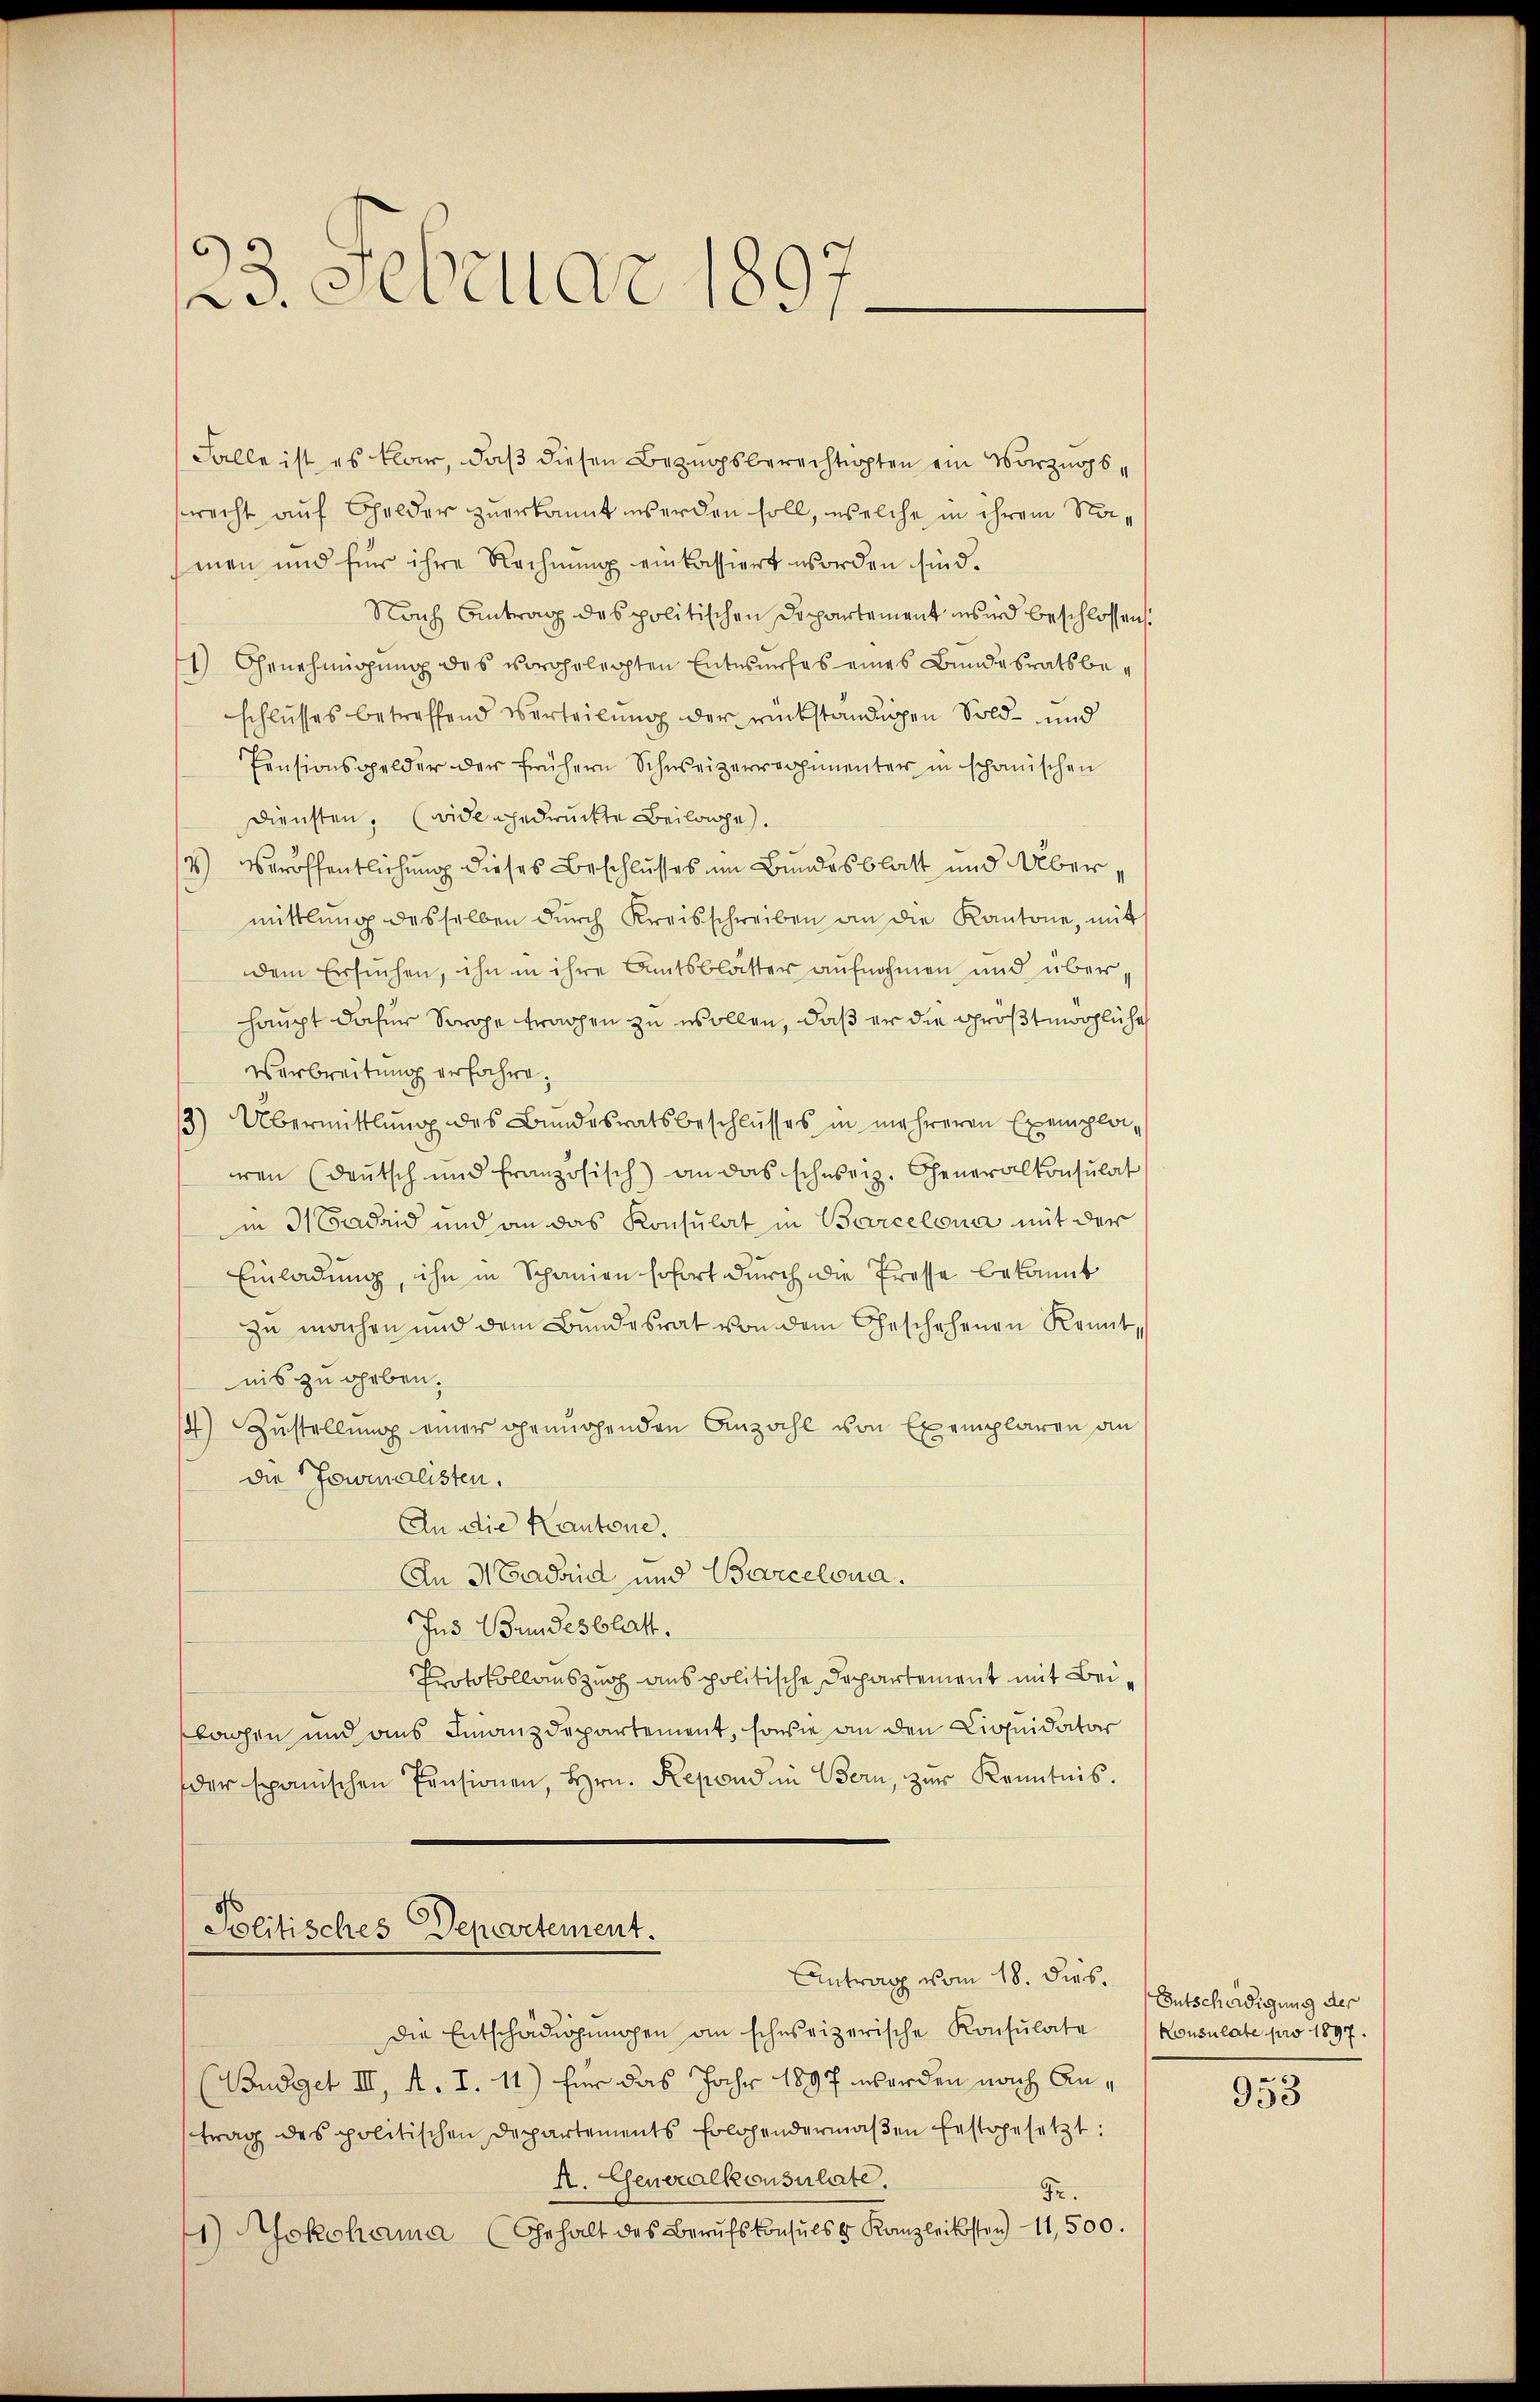
23. Februar 1897.

Falle ist es klar, daß diesen Bezugsberechtigten ein Vorzugssrecht auf Gelder zuerkannt werden soll, welche in ihrem Namen und für ihre Rechnung einkassiert worden sind.
Nach Antrag des politischen Departement wird beschlossen:
1) Genehmigung des vorehelichten Entwurfes eines Bundesrats beschlusses betreffend verteilung der rückständigen Sold- und
Pensionsgelder der frühern Schweizerrechenenter in schanischen
Diensten. (vide gedruckte Beilage.
2) Veröffentlichung dieses Beschlusses im Bundesblatt und Übermittlung desselben dŭrch Kreisschreiben an die Kantone, mit
dem Ersuchen, ihn in ihre Amtsblatter aufnahmen und überhaupt dafür Sorge tragen zu wollen, daß er die größtmögliche
Verbreitung erfahre.
/3) Übermittlung des Bundesratsbeschlusses in mehreren Exempla-
en (Deutsch und französisch) an das schweiz. Generalkonsulat
in 3 Sadrid und an das Konsulat in Barcelona mit der
Einladung, ihn in Schanien sofort durch die Presse bekannt
zu machen und dem Bundesrat von dem Geschehenen Kennt,
nis zu geben.
14) Zustellung einer genügenden Anzahl von Exemplaren an
die Journalisten.
An die Kantone.
An Madrid und Barcelona.
Ins Bundesblatt.
Protokollauszug aus politische Departement mit Beiklagen und aus Finanzdepartement, sowie an den Liquidator
der spanischen Pensionen, Hrn. Repond in Bern, zŭr Kenntnis.
Politisches Departement.
Antrag vom 18. dies.
die Entschädigungen an schweizerische Konsulate Konsulate pro 1897.
(Budget III, A. I. 11) für das Jahr 1897 werden nach Antrag des politischen Departements folgendermaβen Erstgesetzt:
A. Generalkonsulate.
e.
1) okohama (Gehalt des Berufskonsuls & Kanzleikosten 11,500.

Entschädigung der

953